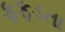
ફફડતા